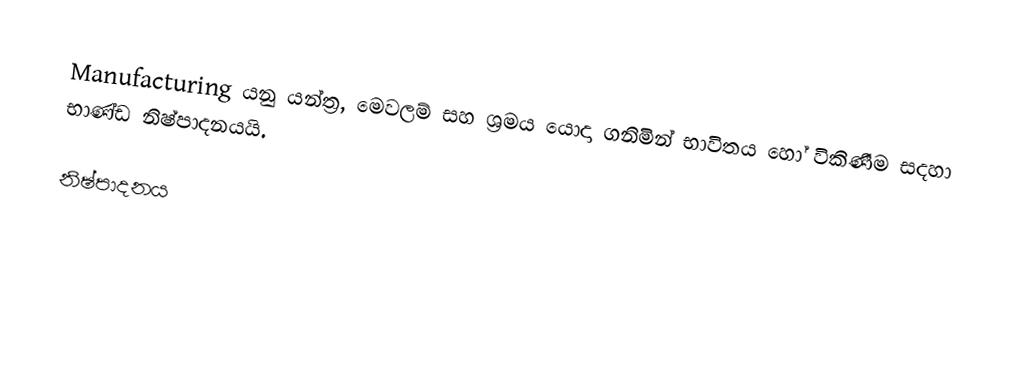
Manufacturing යනු යන්ත්‍ර, මෙවලම් සහ ශ්‍රමය යොදා ගනිමින් භාවිතය හෝ විකිණීම සදහා භාණ්ඩ නිෂ්පාදනයයි.

නිෂ්පාදනය